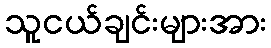
သူငယ်ချင်းများအား